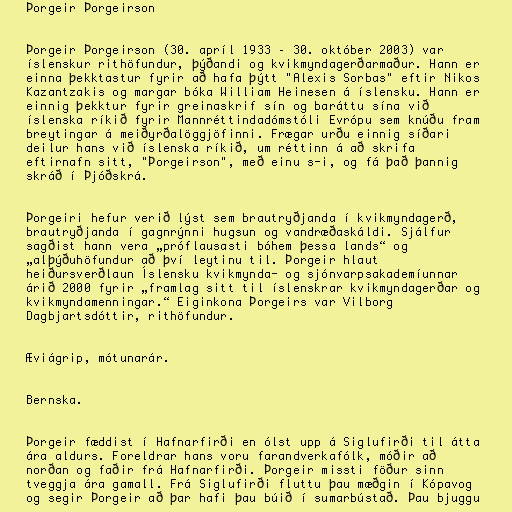
Þorgeir Þorgeirson

Þorgeir Þorgeirson (30. apríl 1933 – 30. október 2003) var
íslenskur rithöfundur, þýðandi og kvikmyndagerðarmaður. Hann er
einna þekktastur fyrir að hafa þýtt "Alexis Sorbas" eftir Nikos
Kazantzakis og margar bóka William Heinesen á íslensku. Hann er
einnig þekktur fyrir greinaskrif sín og baráttu sína við
íslenska ríkið fyrir Mannréttindadómstóli Evrópu sem knúðu fram
breytingar á meiðyrðalöggjöfinni. Frægar urðu einnig síðari
deilur hans við íslenska ríkið, um réttinn á að skrifa
eftirnafn sitt, "Þorgeirson", með einu s-i, og fá það þannig
skráð í Þjóðskrá.

Þorgeiri hefur verið lýst sem brautryðjanda í kvikmyndagerð,
brautryðjanda í gagnrýnni hugsun og vandræðaskáldi. Sjálfur
sagðist hann vera „próflausasti bóhem þessa lands“ og
„alþýðuhöfundur að því leytinu til. Þorgeir hlaut
heiðursverðlaun Íslensku kvikmynda- og sjónvarpsakademíunnar
árið 2000 fyrir „framlag sitt til íslenskrar kvikmyndagerðar og
kvikmyndamenningar.“ Eiginkona Þorgeirs var Vilborg
Dagbjartsdóttir, rithöfundur.

Æviágrip, mótunarár.

Bernska.

Þorgeir fæddist í Hafnarfirði en ólst upp á Siglufirði til átta
ára aldurs. Foreldrar hans voru farandverkafólk, móðir að
norðan og faðir frá Hafnarfirði. Þorgeir missti föður sinn
tveggja ára gamall. Frá Siglufirði fluttu þau mæðgin í Kópavog
og segir Þorgeir að þar hafi þau búið í sumarbústað. Þau bjuggu